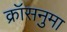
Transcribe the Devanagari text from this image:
क्रॉसनुमा